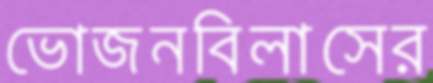
ভোজনবিলাসের